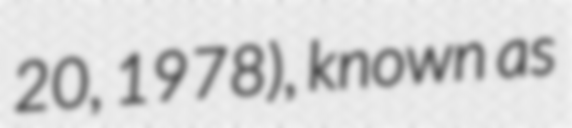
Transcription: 20, 1978), known as